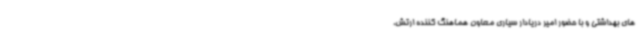
های بهداشتی و با حضور امیر دریادار سیاری معاون هماهنگ کننده ارتش،